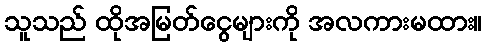
သူသည် ထိုအမြတ်ငွေများကို အလကားမထား။